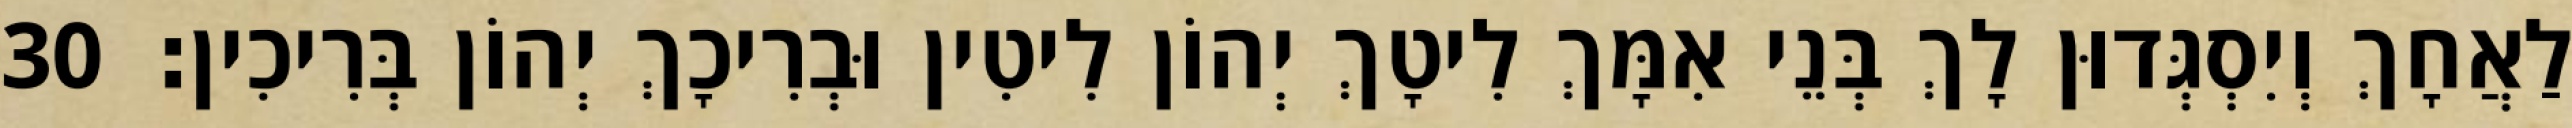
לַאֲחָךְ וְיִסְגְּדוּן לָךְ בְּנֵי אִמָּךְ לִיטָךְ יְהוֹן לִיטִין וּבְרִיכָךְ יְהוֹן בְּרִיכִין׃ 30